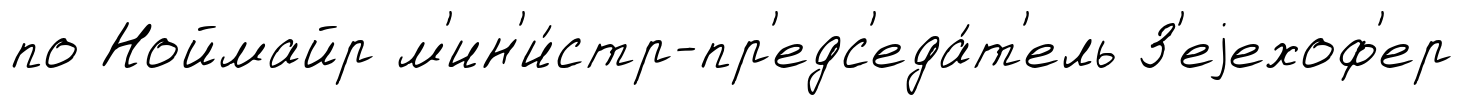
по Ноймайр м'ин'и́стр-пр'едс'еда́т'ель З'еjехоф'ер